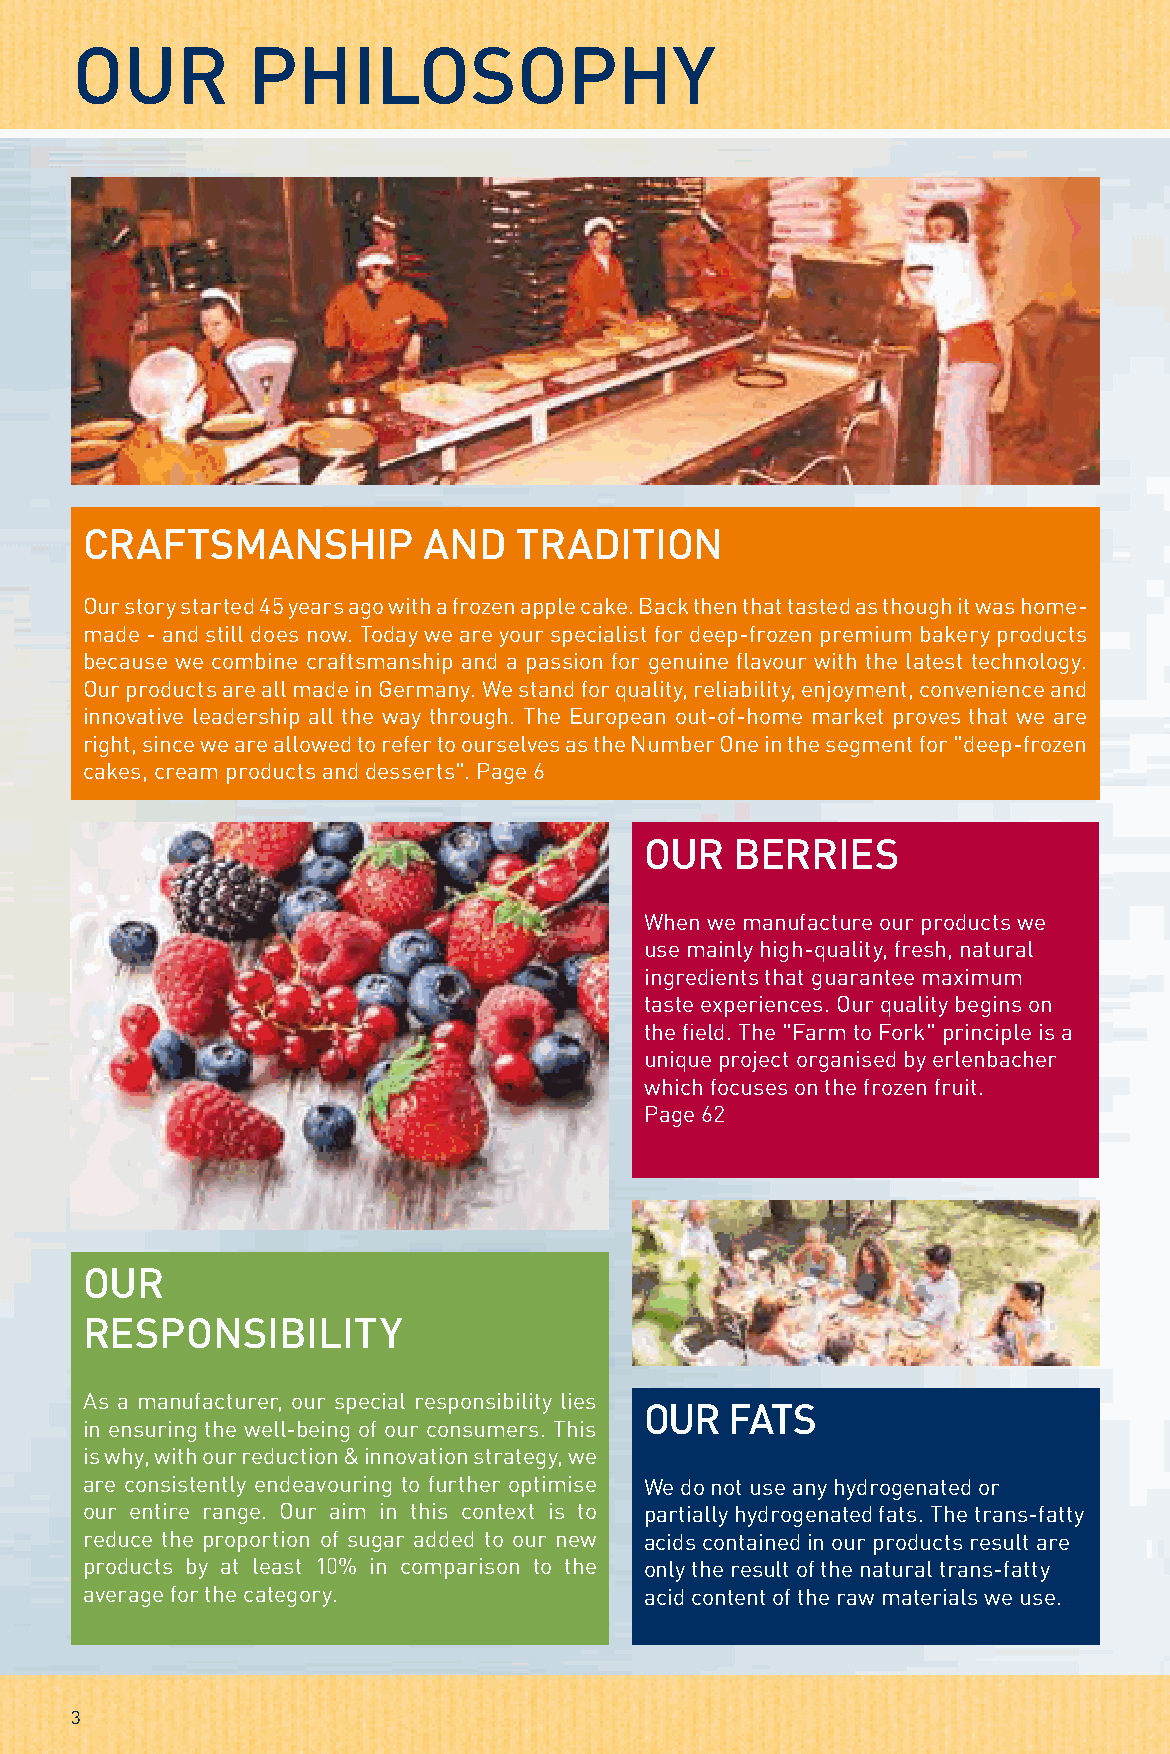
OUR        PHILOSOPHY
 CRAFTSMANSHIP          AND   TRADITION
 Our story started 45 years ago with a frozen apple cake. Back then that tasted as though it was home-
 made - and still does now. Today we are your specialist for deep-frozen premium bakery products
 because we combine craftsmanship and a passion for genuine flavour with the latest technology.
 Our products are all made in Germany. We stand for quality, reliability, enjoyment, convenience and
 innovative leadership all the way through. The European out-of-home market proves that we are
 right, since we are allowed to refer to ourselves as the Number One in the segment for "deep-frozen
 cakes, cream products and desserts". Page 6
 OUR   BERRIES
 When we manufacture our products we
 use mainly high-quality, fresh, natural
 ingredients that guarantee maximum
 taste experiences. Our quality begins on
 the field. The "Farm to Fork" principle is a
 unique project organised by erlenbacher
 which focuses on the frozen fruit.
 Page 62
 OUR
 RESPONSIBILITY
 As a manufacturer, our special responsibility lies
 OUR  FATS
 in ensuring the well-being of our consumers. This
 is why, with our reduction & innovation strategy, we
 are consistently endeavouring to further optimise We do not use any hydrogenated or
 our entire range. Our aim in this context is to partially hydrogenated fats. The trans-fatty
 reduce the proportion of sugar added to our new acids contained in our products result are
 products by at least 10% in comparison to the only the result of the natural trans-fatty
 average for the category.             acid content of the raw materials we use.
 3